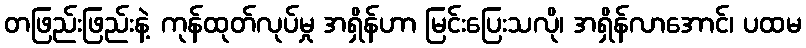
တဖြည်းဖြည်းနဲ့ ကုန်ထုတ်လုပ်မှု အရှိန်ဟာ မြင်းပြေးသလို၊ အရှိန်လာအောင်၊ ပထမ